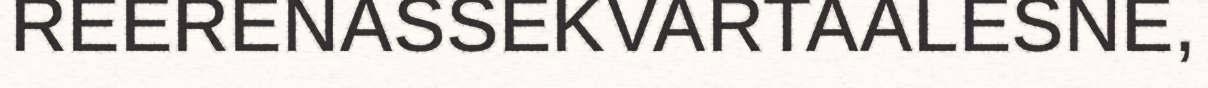
REERENASSEKVARTAALESNE,